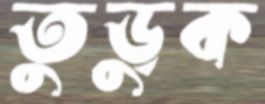
তুড়ুক